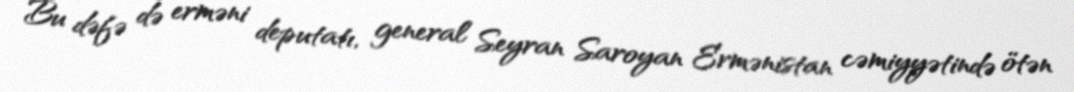
Bu dəfə də erməni deputatı, general Seyran Saroyan Ermənistan cəmiyyətində ötən